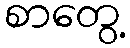
စာတွေ့